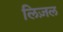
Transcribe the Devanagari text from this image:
लिज़ल